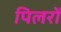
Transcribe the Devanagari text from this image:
पिलरों